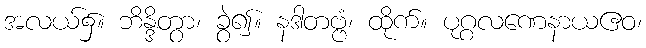
အလယ်၌။ ဘိန္ဒိတွာ၊ ခွဲ၍။ နဒါတဗ္ဗံ၊ ထိုက်။ ပုဂ္ဂလဏေနာယဧဝ၊